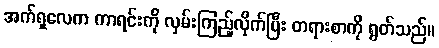
အက်ရှလေက ကာရင်းကို လှမ်းကြည့်လိုက်ပြီး တရားစာကို ရွတ်သည်။